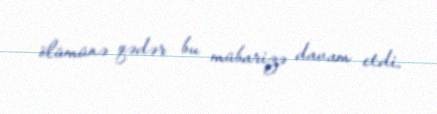
ölümünə qədər bu mübarizə davam etdi.